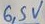
Text: 6,5V